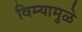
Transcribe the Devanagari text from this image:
विम्यामुळे